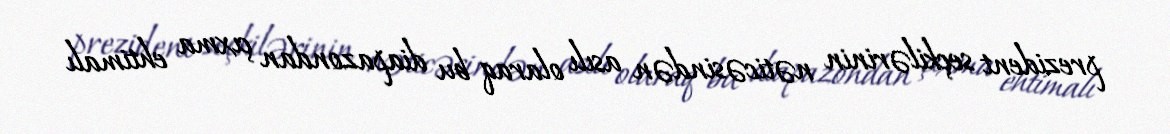
prezident seçkilərinin nəticəsindən asılı olaraq bu diapazondan çıxma ehtimalı